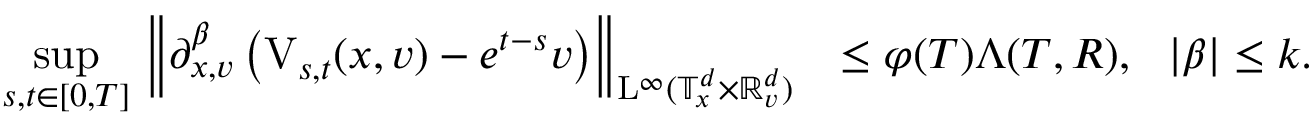
\begin{array} { r l } { \underset { s , t \in [ 0 , T ] } { \operatorname* { s u p } } \, \left\Vert \partial _ { x , v } ^ { \beta } \left( \mathrm { V } _ { s , t } ( x , v ) - e ^ { t - s } v \right) \right\Vert _ { \mathrm { L } ^ { \infty } ( \mathbb T _ { x } ^ { d } \times \mathbb R _ { v } ^ { d } ) } } & { \leq \varphi ( T ) \Lambda ( T , R ) , \ \ \vert \beta \vert \leq k . } \end{array}